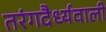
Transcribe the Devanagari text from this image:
तरंगदैर्ध्यवाली